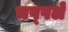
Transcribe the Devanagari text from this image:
चप्‍पलें